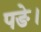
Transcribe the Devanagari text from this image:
पङे।